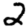
Digit: 2